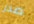
صدر